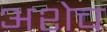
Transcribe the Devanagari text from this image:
अशेच